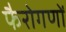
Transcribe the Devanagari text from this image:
फैरोगणों